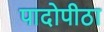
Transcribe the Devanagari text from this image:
पादोपीठा